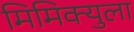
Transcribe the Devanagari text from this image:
मिमिक्युला